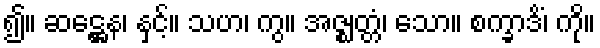
၍။ ဆဋ္ဌေန၊ နှင့်။ သဟ၊ ကွ။ အဇ္ဈတ္တံ၊ သော။ စက္ခာဒိံ၊ ကို။